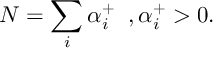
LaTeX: N = \sum _ { i } \alpha _ { i } ^ { + } \; \; , \alpha _ { i } ^ { + } > 0 .